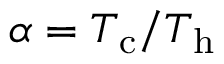
\alpha = T _ { \mathrm { c } } / T _ { \mathrm { h } }